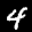
Label: 4